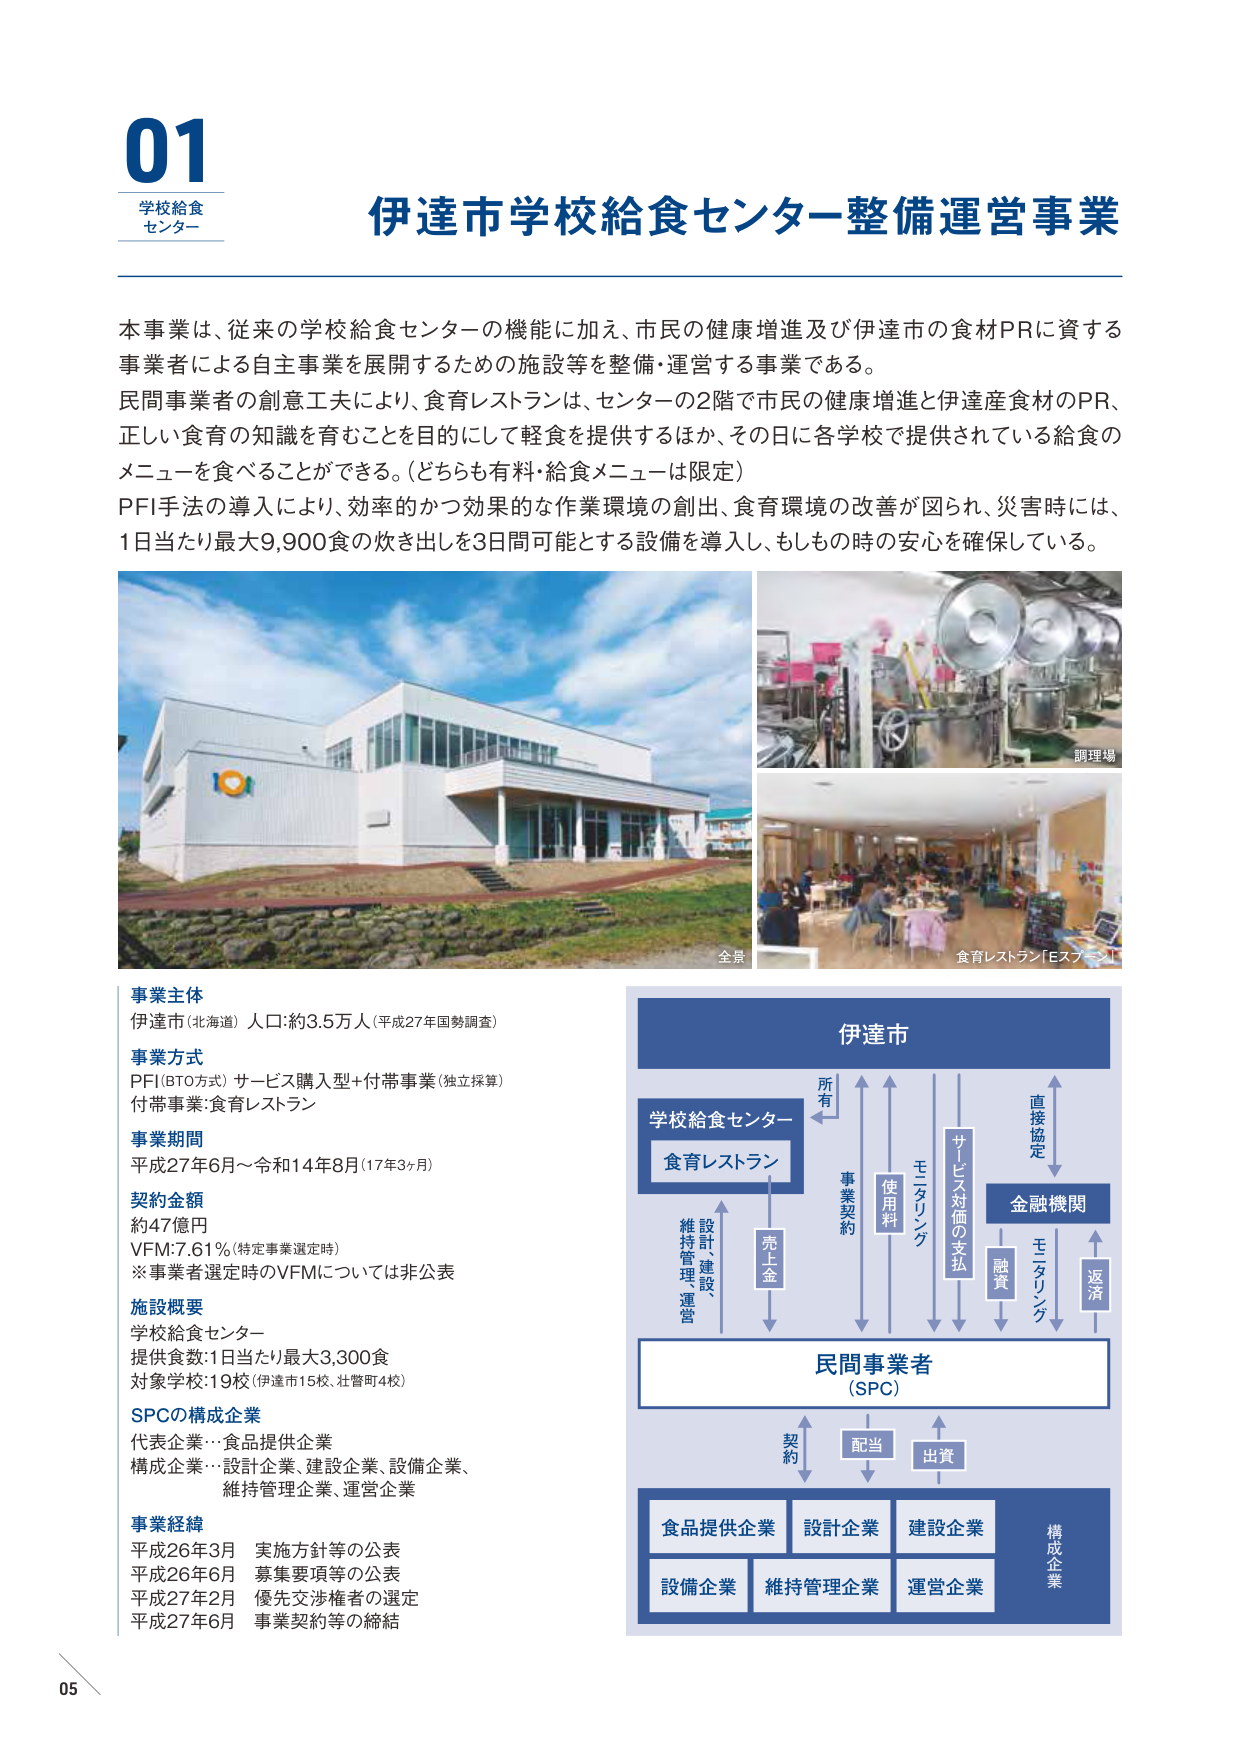
01
学校給食
センター

伊達市学校給食センター整備運営事業

本事業は、従来の学校給食センターの機能に加え、市民の健康増進及び伊達市の食材PRに資する
事業者による自主事業を展開するための施設等を整備・運営する事業である。
民間事業者の創意工夫により、食育レストランは、センターの2階で市民の健康増進と伊達産食材のPR、
正しい食育の知識を育むことを目的にして軽食を提供するほか、その日に各学校で提供されている給食の
メニューを食べることができる。（どちらも有料・給食メニューは限定）
PFI手法の導入により、効率的かつ効果的な作業環境の創出、食育環境の改善が図られ、災害時には、
1日当たり最大9,900食の炊き出しを3日間可能とする設備を導入し、もしもの時の安心を確保している。

全景
調理場
食育レストラン「Eスプーン」

事業主体
伊達市（北海道） 人口：約3.5万人（平成27年国勢調査）

事業方式
PFI（BTO方式）サービス購入型＋付帯事業（独立採算）
付帯事業：食育レストラン

事業期間
平成27年6月～令和14年8月（17年3ヶ月）

契約金額
約47億円
VFM：7.61％（特定事業選定時）
※事業者選定時のVFMについては非公表

施設概要
学校給食センター
提供食数：1日当たり最大3,300食
対象学校：19校（伊達市15校、壮瞥町4校）

SPCの構成企業
代表企業…食品提供企業
構成企業…設計企業、建設企業、設備企業、
維持管理企業、運営企業

事業経緯
平成26年3月 実施方針等の公表
平成26年6月 募集要項等の公表
平成27年2月 優先交渉権者の選定
平成27年6月 事業契約等の締結

伊達市
所有
学校給食センター
食育レストラン
設計、建設、
維持管理、運営
売上金
事業契約
使用料
モニタリング
サービス対価の支払
直接協定
金融機関
融資
モニタリング
返済
民間事業者
（SPC）
契約
配当
出資
構成企業
食品提供企業
設計企業
建設企業
設備企業
維持管理企業
運営企業

05